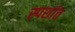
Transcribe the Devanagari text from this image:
स्पर्शात